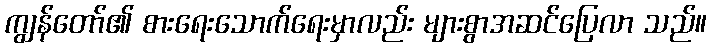
ကျွန်တော်၏ စားရေးသောက်ရေးမှာလည်း များစွာအဆင်ပြေလာ သည်။